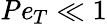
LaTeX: \mathit{Pe}_{T}\ll 1